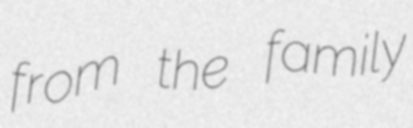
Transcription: from the family